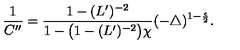
\frac { 1 } { C ^ { \prime \prime } } = \frac { 1 - ( L ^ { \prime } ) ^ { - 2 } } { 1 - \bigl ( 1 - ( L ^ { \prime } ) ^ { - 2 } \bigr ) \chi } ( - \bigtriangleup ) ^ { 1 - \frac { \epsilon } { 2 } } .